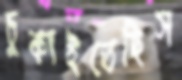
চুকাইতেছিস